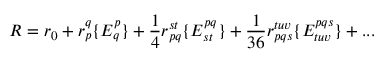
R = r _ { 0 } + r _ { p } ^ { q } \{ E _ { q } ^ { p } \} + \frac { 1 } { 4 } r _ { p q } ^ { s t } \{ E _ { s t } ^ { p q } \} + \frac { 1 } { 3 6 } r _ { p q s } ^ { t u v } \{ E _ { t u v } ^ { p q s } \} + . . .